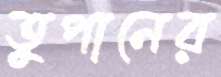
তুপানের